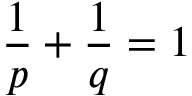
{ \frac { 1 } { p } } + { \frac { 1 } { q } } = 1